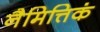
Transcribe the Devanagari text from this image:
नैमित्तिकं